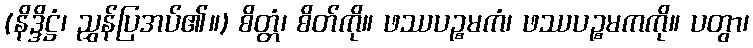
(နိဒ္ဒိဋ္ဌံ၊ ညွှန်ပြအပ်၏။) စိတ္တံ၊ စိတ်ကို။ ဖဿပဉ္စမကံ၊ ဖဿပဉ္စမကကို။ ပတွာ၊